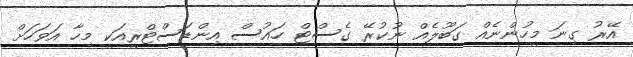
އޭރު ގިނަ މީހުންނެއް ގަބޫލެއް ނުކުރޭ ގެސްޓް ހައުސް އިންޑަސްޓްރީއަކީ މިހާ އަވަހަށް